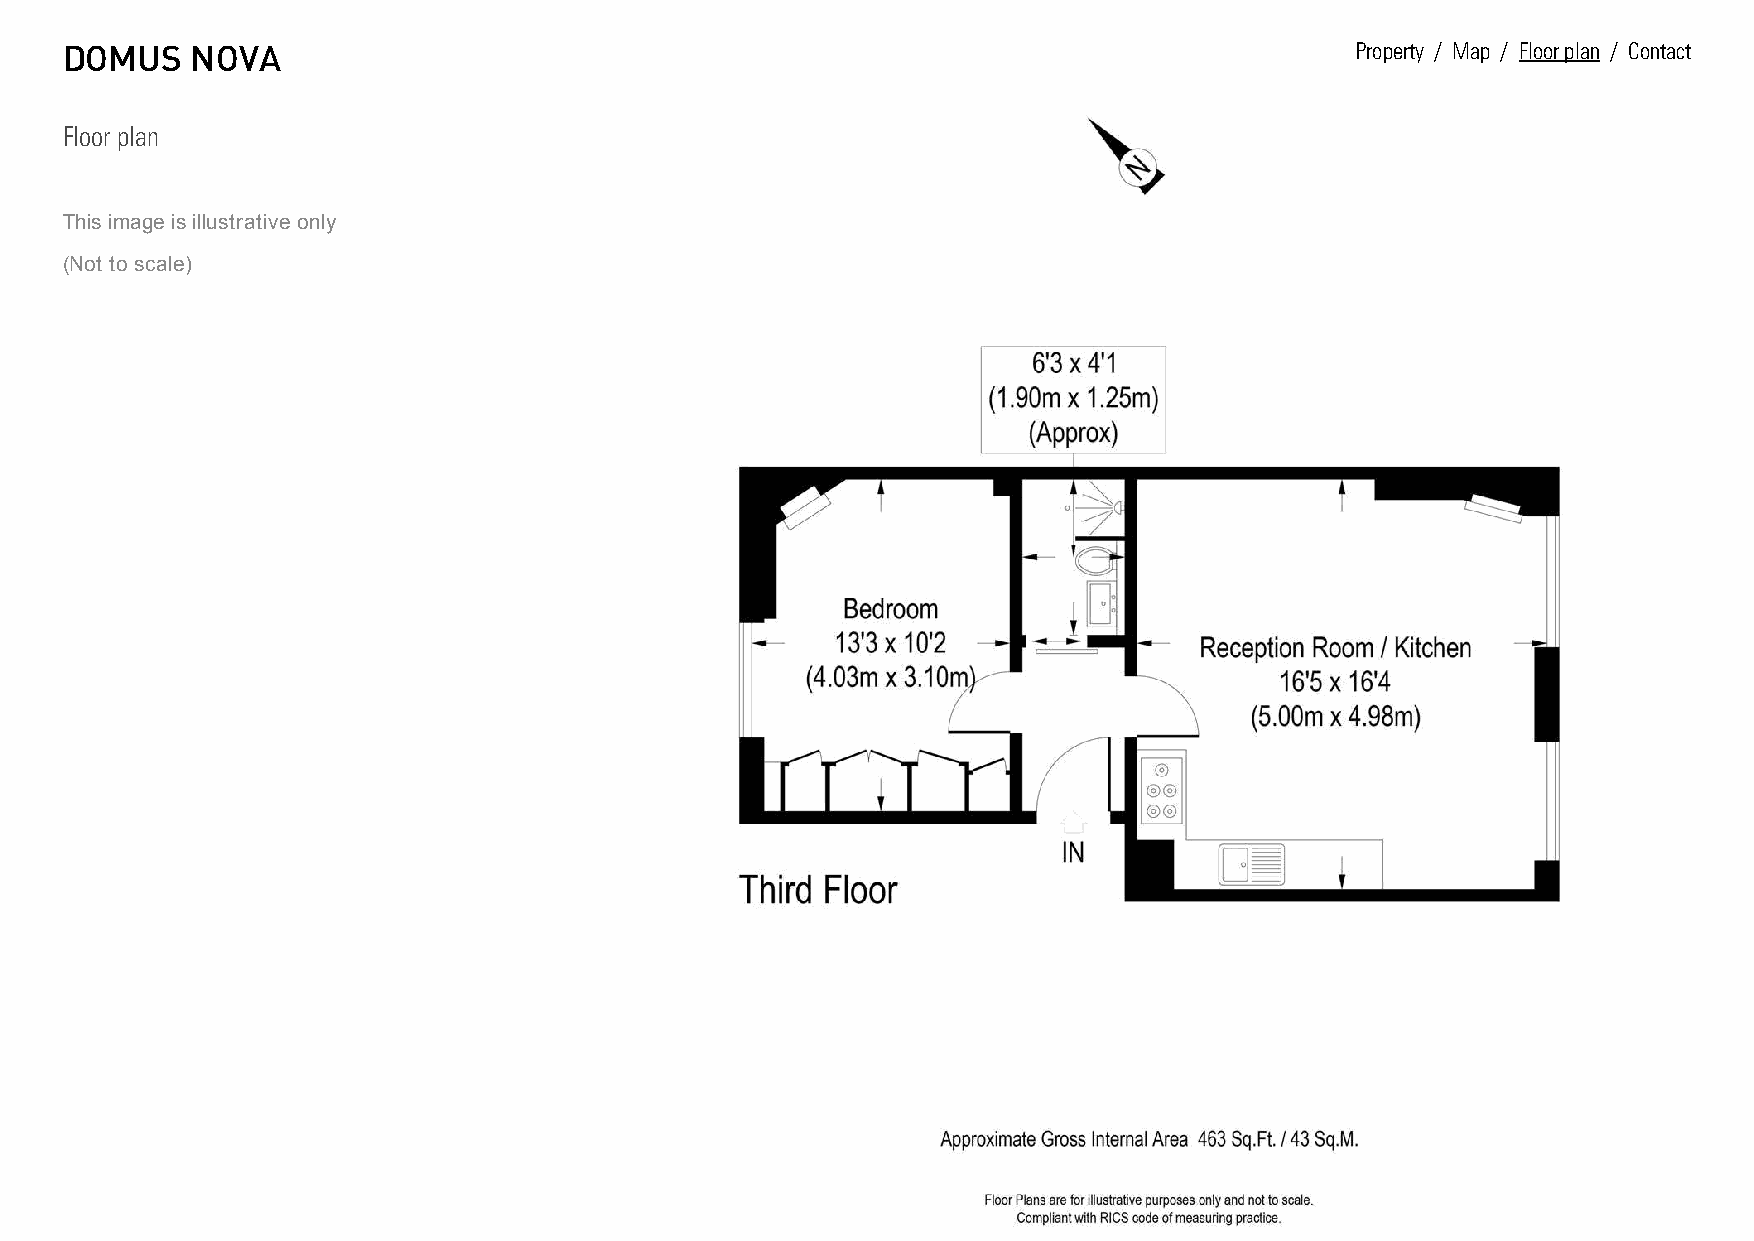
DOMUS    NOVA                                                                         Property / Map / Floor plan / Contact
 Floor plan
 This image is illustrative only
 (Not to scale)